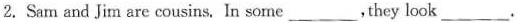
2. Sam and Jim are cousins. In some___,they look___.